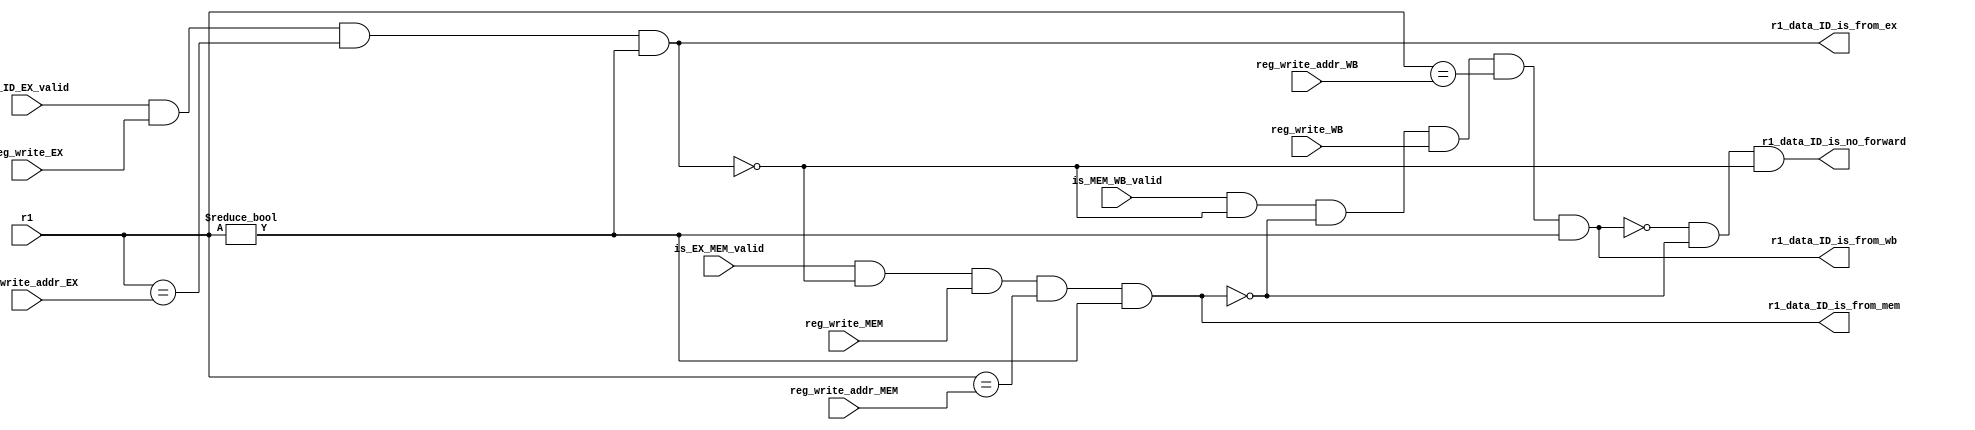
module forwarding(
        input [4:0] r1,

        input is_ID_EX_valid,
        input [4:0] reg_write_addr_EX,
        input reg_write_EX,

        input is_EX_MEM_valid,
        input [4:0] reg_write_addr_MEM,
        input reg_write_MEM,

        input is_MEM_WB_valid,
        input [4:0] reg_write_addr_WB,
        input reg_write_WB,

        output r1_data_ID_is_no_forward,
        output r1_data_ID_is_from_ex,
        output r1_data_ID_is_from_mem,
        output r1_data_ID_is_from_wb
    );
    assign r1_data_ID_is_from_ex = is_ID_EX_valid &
           reg_write_EX & (r1 == reg_write_addr_EX) & (r1 != 5'b0);
    assign r1_data_ID_is_from_mem = is_EX_MEM_valid &
           ~r1_data_ID_is_from_ex & reg_write_MEM & (r1 == reg_write_addr_MEM) & (r1 != 5'b0);
    assign r1_data_ID_is_from_wb = is_MEM_WB_valid &
           ~r1_data_ID_is_from_ex & ~r1_data_ID_is_from_mem & reg_write_WB & (r1 == reg_write_addr_WB) & (r1 != 5'b0);
    assign r1_data_ID_is_no_forward =
           ~r1_data_ID_is_from_wb
           & ~r1_data_ID_is_from_mem
           & ~r1_data_ID_is_from_ex;
endmodule